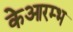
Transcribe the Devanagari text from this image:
केआरम्भ